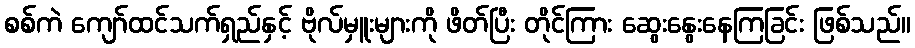
စစ်ကဲ ကျော်ထင်သက်ရှည်နှင့် ဗိုလ်မှူးများကို ဖိတ်ပြီး တိုင်ကြား ဆွေးနွေးနေကြခြင်း ဖြစ်သည်။